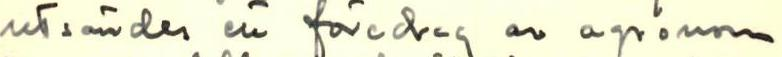
utsändes ett föredrag av agronom